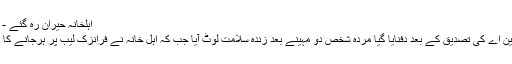
اہلخانہ حیران رہ گئے - Daily Ausaf : روزنامہ اوصاف
آستانہ( آن لائن ) قازقستان میں ڈی این اے کی تصدیق کے بعد دفنایا گیا مردہ شخص دو مہینے بعد زندہ سلامت لوٹ آیا جب کہ اہل خانہ نے فرانزک لیب پر ہرجانے کا دعویٰ دائر کرنے کا فیصلہ کیا ہے۔